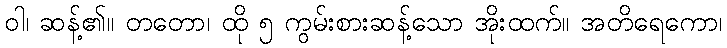
ဝါ၊ ဆန့်၏။ တတော၊ ထို ၅ ကွမ်းစားဆန့်သော အိုးထက်။ အတိရေကော၊